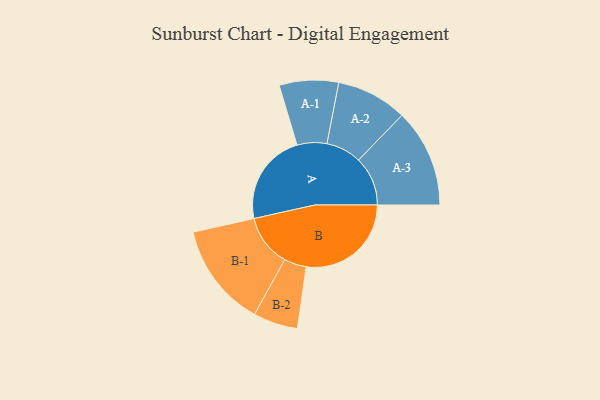
{"axis": {"x": "Segment", "y": "Value"}, "legend": ["", "A", "B"], "data": [{"x": "A", "y": 428, "type": ""}, {"x": "B", "y": 489, "type": ""}, {"x": "A-1", "y": 138, "type": "A"}, {"x": "A-2", "y": 165, "type": "A"}, {"x": "A-3", "y": 229, "type": "A"}, {"x": "B-1", "y": 242, "type": "B"}, {"x": "B-2", "y": 104, "type": "B"}]}